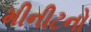
મીનીટનો